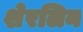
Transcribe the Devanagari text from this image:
शेरलिन